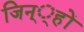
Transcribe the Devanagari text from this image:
जिन््हों